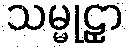
သမ္မုဠှာ